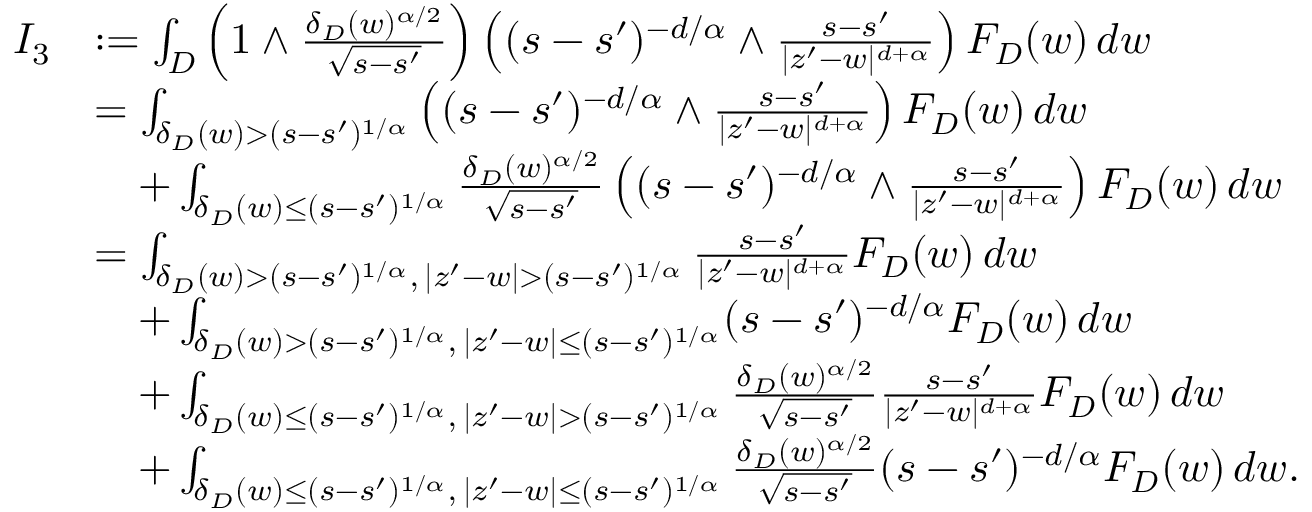
\begin{array} { r l } { I _ { 3 } } & { : = \int _ { D } \left( 1 \wedge \frac { \delta _ { D } ( w ) ^ { \alpha / 2 } } { \sqrt { s - s ^ { \prime } } } \right) \left( ( s - s ^ { \prime } ) ^ { - d / \alpha } \wedge \frac { s - s ^ { \prime } } { | z ^ { \prime } - w | ^ { d + \alpha } } \right) F _ { D } ( w ) \, d w } \\ & { = \int _ { \delta _ { D } ( w ) > ( s - s ^ { \prime } ) ^ { 1 / \alpha } } \left( ( s - s ^ { \prime } ) ^ { - d / \alpha } \wedge \frac { s - s ^ { \prime } } { | z ^ { \prime } - w | ^ { d + \alpha } } \right) F _ { D } ( w ) \, d w } \\ & { \quad + \int _ { \delta _ { D } ( w ) \leq ( s - s ^ { \prime } ) ^ { 1 / \alpha } } \frac { \delta _ { D } ( w ) ^ { \alpha / 2 } } { \sqrt { s - s ^ { \prime } } } \left( ( s - s ^ { \prime } ) ^ { - d / \alpha } \wedge \frac { s - s ^ { \prime } } { | z ^ { \prime } - w | ^ { d + \alpha } } \right) F _ { D } ( w ) \, d w } \\ & { = \int _ { \delta _ { D } ( w ) > ( s - s ^ { \prime } ) ^ { 1 / \alpha } , \, | z ^ { \prime } - w | > ( s - s ^ { \prime } ) ^ { 1 / \alpha } } \frac { s - s ^ { \prime } } { | z ^ { \prime } - w | ^ { d + \alpha } } F _ { D } ( w ) \, d w } \\ & { \quad + \int _ { \delta _ { D } ( w ) > ( s - s ^ { \prime } ) ^ { 1 / \alpha } , \, | z ^ { \prime } - w | \leq ( s - s ^ { \prime } ) ^ { 1 / \alpha } } ( s - s ^ { \prime } ) ^ { - d / \alpha } F _ { D } ( w ) \, d w } \\ & { \quad + \int _ { \delta _ { D } ( w ) \leq ( s - s ^ { \prime } ) ^ { 1 / \alpha } , \, | z ^ { \prime } - w | > ( s - s ^ { \prime } ) ^ { 1 / \alpha } } \frac { \delta _ { D } ( w ) ^ { \alpha / 2 } } { \sqrt { s - s ^ { \prime } } } \frac { s - s ^ { \prime } } { | z ^ { \prime } - w | ^ { d + \alpha } } F _ { D } ( w ) \, d w } \\ & { \quad + \int _ { \delta _ { D } ( w ) \leq ( s - s ^ { \prime } ) ^ { 1 / \alpha } , \, | z ^ { \prime } - w | \leq ( s - s ^ { \prime } ) ^ { 1 / \alpha } } \frac { \delta _ { D } ( w ) ^ { \alpha / 2 } } { \sqrt { s - s ^ { \prime } } } ( s - s ^ { \prime } ) ^ { - d / \alpha } F _ { D } ( w ) \, d w . } \end{array}